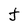
Character: J